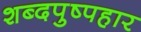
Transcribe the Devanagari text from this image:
शब्दपुष्पहार